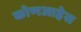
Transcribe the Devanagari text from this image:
कोणआहेस